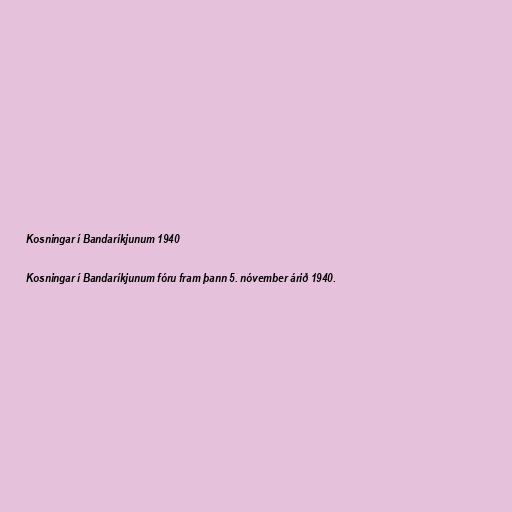
Kosningar í Bandaríkjunum 1940

Kosningar í Bandaríkjunum fóru fram þann 5. nóvember árið 1940.